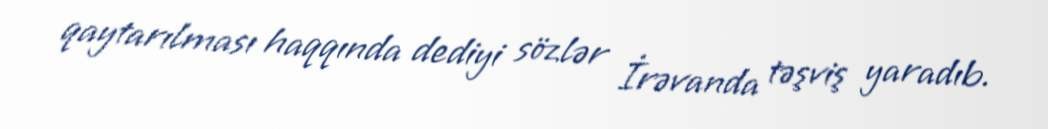
qaytarılması haqqında dediyi sözlər İrəvanda təşviş yaradıb.